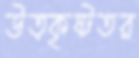
উত্কৃষ্টতর